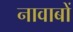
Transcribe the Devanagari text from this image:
नावाबों